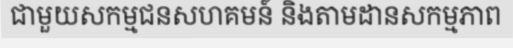
ជាមួយសកម្មជនសហគមន៍ និងតាមដានសកម្មភាព